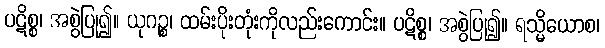
ပဋိစ္စ၊ အစွဲပြု၍။ ယုဂဉ္စ၊ ထမ်းပိုးတုံးကိုလည်းကောင်း။ ပဋိစ္စ၊ အစွဲပြု၍။ ရသ္မိယောစ၊